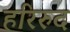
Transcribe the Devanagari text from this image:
हरिरुद